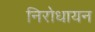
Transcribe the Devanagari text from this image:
निरोधायन